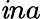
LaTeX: \mathit{i}na